Black-water fever - Number 35
Disease focus: Fever
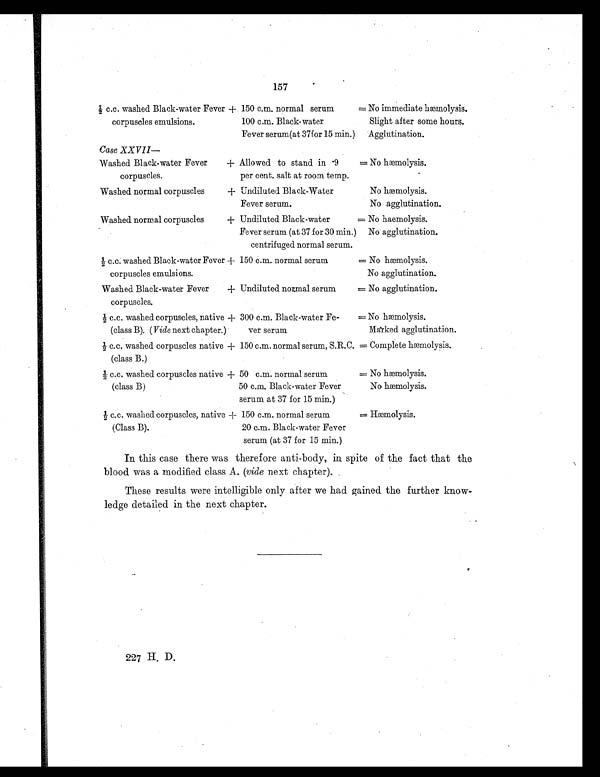
157
½ c.c. washed Black-water Fever
corpuscles emulsions.
+ 150 c.m. normal serum
100 c.m. Black-water
Fever serum(at 37for 15 min.)
= No immediate hæmolysis.
Slight after some hours.
Agglutination.
Case XXVII
—
Washed Black-water Fever
c o r p u s c l e s .
+ Allowed to stand in .9
per cent, salt at room temp.
= No hæmolysis.
Washed normal corpuscles
+ Undiluted Black-Water
Fever serum.
=
No hæmolysis.
No agglutination.
Washed normal corpuscles
+ Undiluted Black-water
Fever serum (at 37 for 30 min.)
centrifuged normal serum.
= No hæmolysis.
No agglutination.
½ c.c. washed Black-water Fever
corpuscles emulsions.
+ 150 c.m. normal serum
= No hæmolysis.
No agglutination.
Washed Black-water Fever
corpuscles.
+ Undiluted normal serum
= No agglutination.
½ c.c. washed corpuscles, native
(class B). ( Vide next chapter.)
+ 300 c.m. Black-water Fe-
ver serum
= No hæmolysis.
Marked agglutination.
½ c.c. washed corpuscles native
(class B.)
+ 150 c.m. normal serum, S.R.C. = Complete hæmolysis.
½ c.c. washed corpuscles native
(class B)
+ 50 c.m. normal serum
50 c.m. Black-water Fever
serum at 37 for 15 min.)
= No hæmolysis.
No hæmolysis.
½ c.c. washed corpuscles, native
(Class B).
+ 150 c.m. normal serum
20 c.m. Black-water Fever
serum (at 37 for 15 min.)
= Hæmolysis.
In this case there was therefore anti-body, in spite of the fact that the
blood was a modified class A. (vide next chapter).
These results were intelligible only after we had gained the further know-
ledge detailed in the next chapter.
227 H. D.